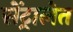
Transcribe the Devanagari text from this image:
सेंट्रालेत